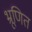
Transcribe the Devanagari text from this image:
भ्रूणित